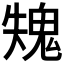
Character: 𩲫